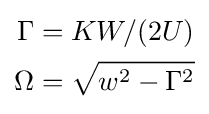
{\begin{aligned}\Gamma &=KW/(2U)\\\Omega &={\sqrt {w^{2}-\Gamma ^{2}}}\end{aligned}}